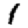
Digit: 1